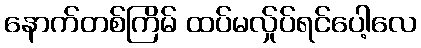
နောက်တစ်ကြိမ် ထပ်မလ်ှုပ်ရင်ပေါ့လေ